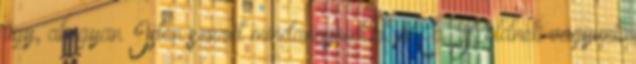
úgy, ahogyan Isten szeret mindannyiunkat. Mi a Földnek vagyunk